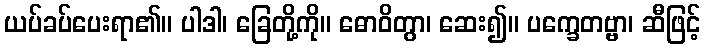
ယပ်ခပ်ပေးရာ၏။ ပါဒါ၊ ခြေတို့ကို။ ဓောဝိတွာ၊ ဆေး၍။ ပက္ခေတဗ္ဗာ၊ ဆီဖြင့်